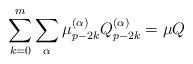
LaTeX: \begin{align*}\sum_{k=0}^m \sum_{\alpha} \mu_{p- 2k}^{(\alpha)}Q_{p-2k}^{(\alpha)} = \mu Q\end{align*}